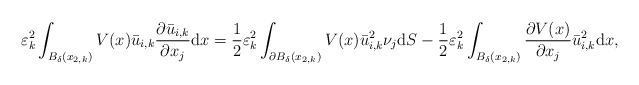
\begin{align*}\begin{aligned}\varepsilon_k^2\int_{B_\delta(x_{2,k})}V(x)\bar u_{i,k}\frac{\partial\bar u_{i,k}}{\partial x_j}{\rm d}x=\frac12\varepsilon_k^2\int_{\partial B_\delta(x_{2,k})}V(x)\bar u_{i,k}^2\nu_j{\rm d}S-\frac12\varepsilon_k^2\int_{B_\delta(x_{2,k})}\frac{\partial V(x)}{\partial x_j}\bar u_{i,k}^2{\rm d}x,\end{aligned}\end{align*}